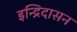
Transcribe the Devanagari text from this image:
इन्द्रिदासन